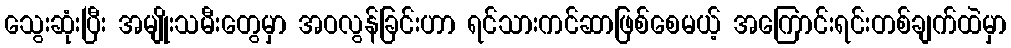
သွေးဆုံးပြီး အမျိုးသမီးတွေမှာ အဝလွန်ခြင်းဟာ ရင်သားကင်ဆာဖြစ်စေမယ့် အကြောင်းရင်းတစ်ချက်ထဲမှာ